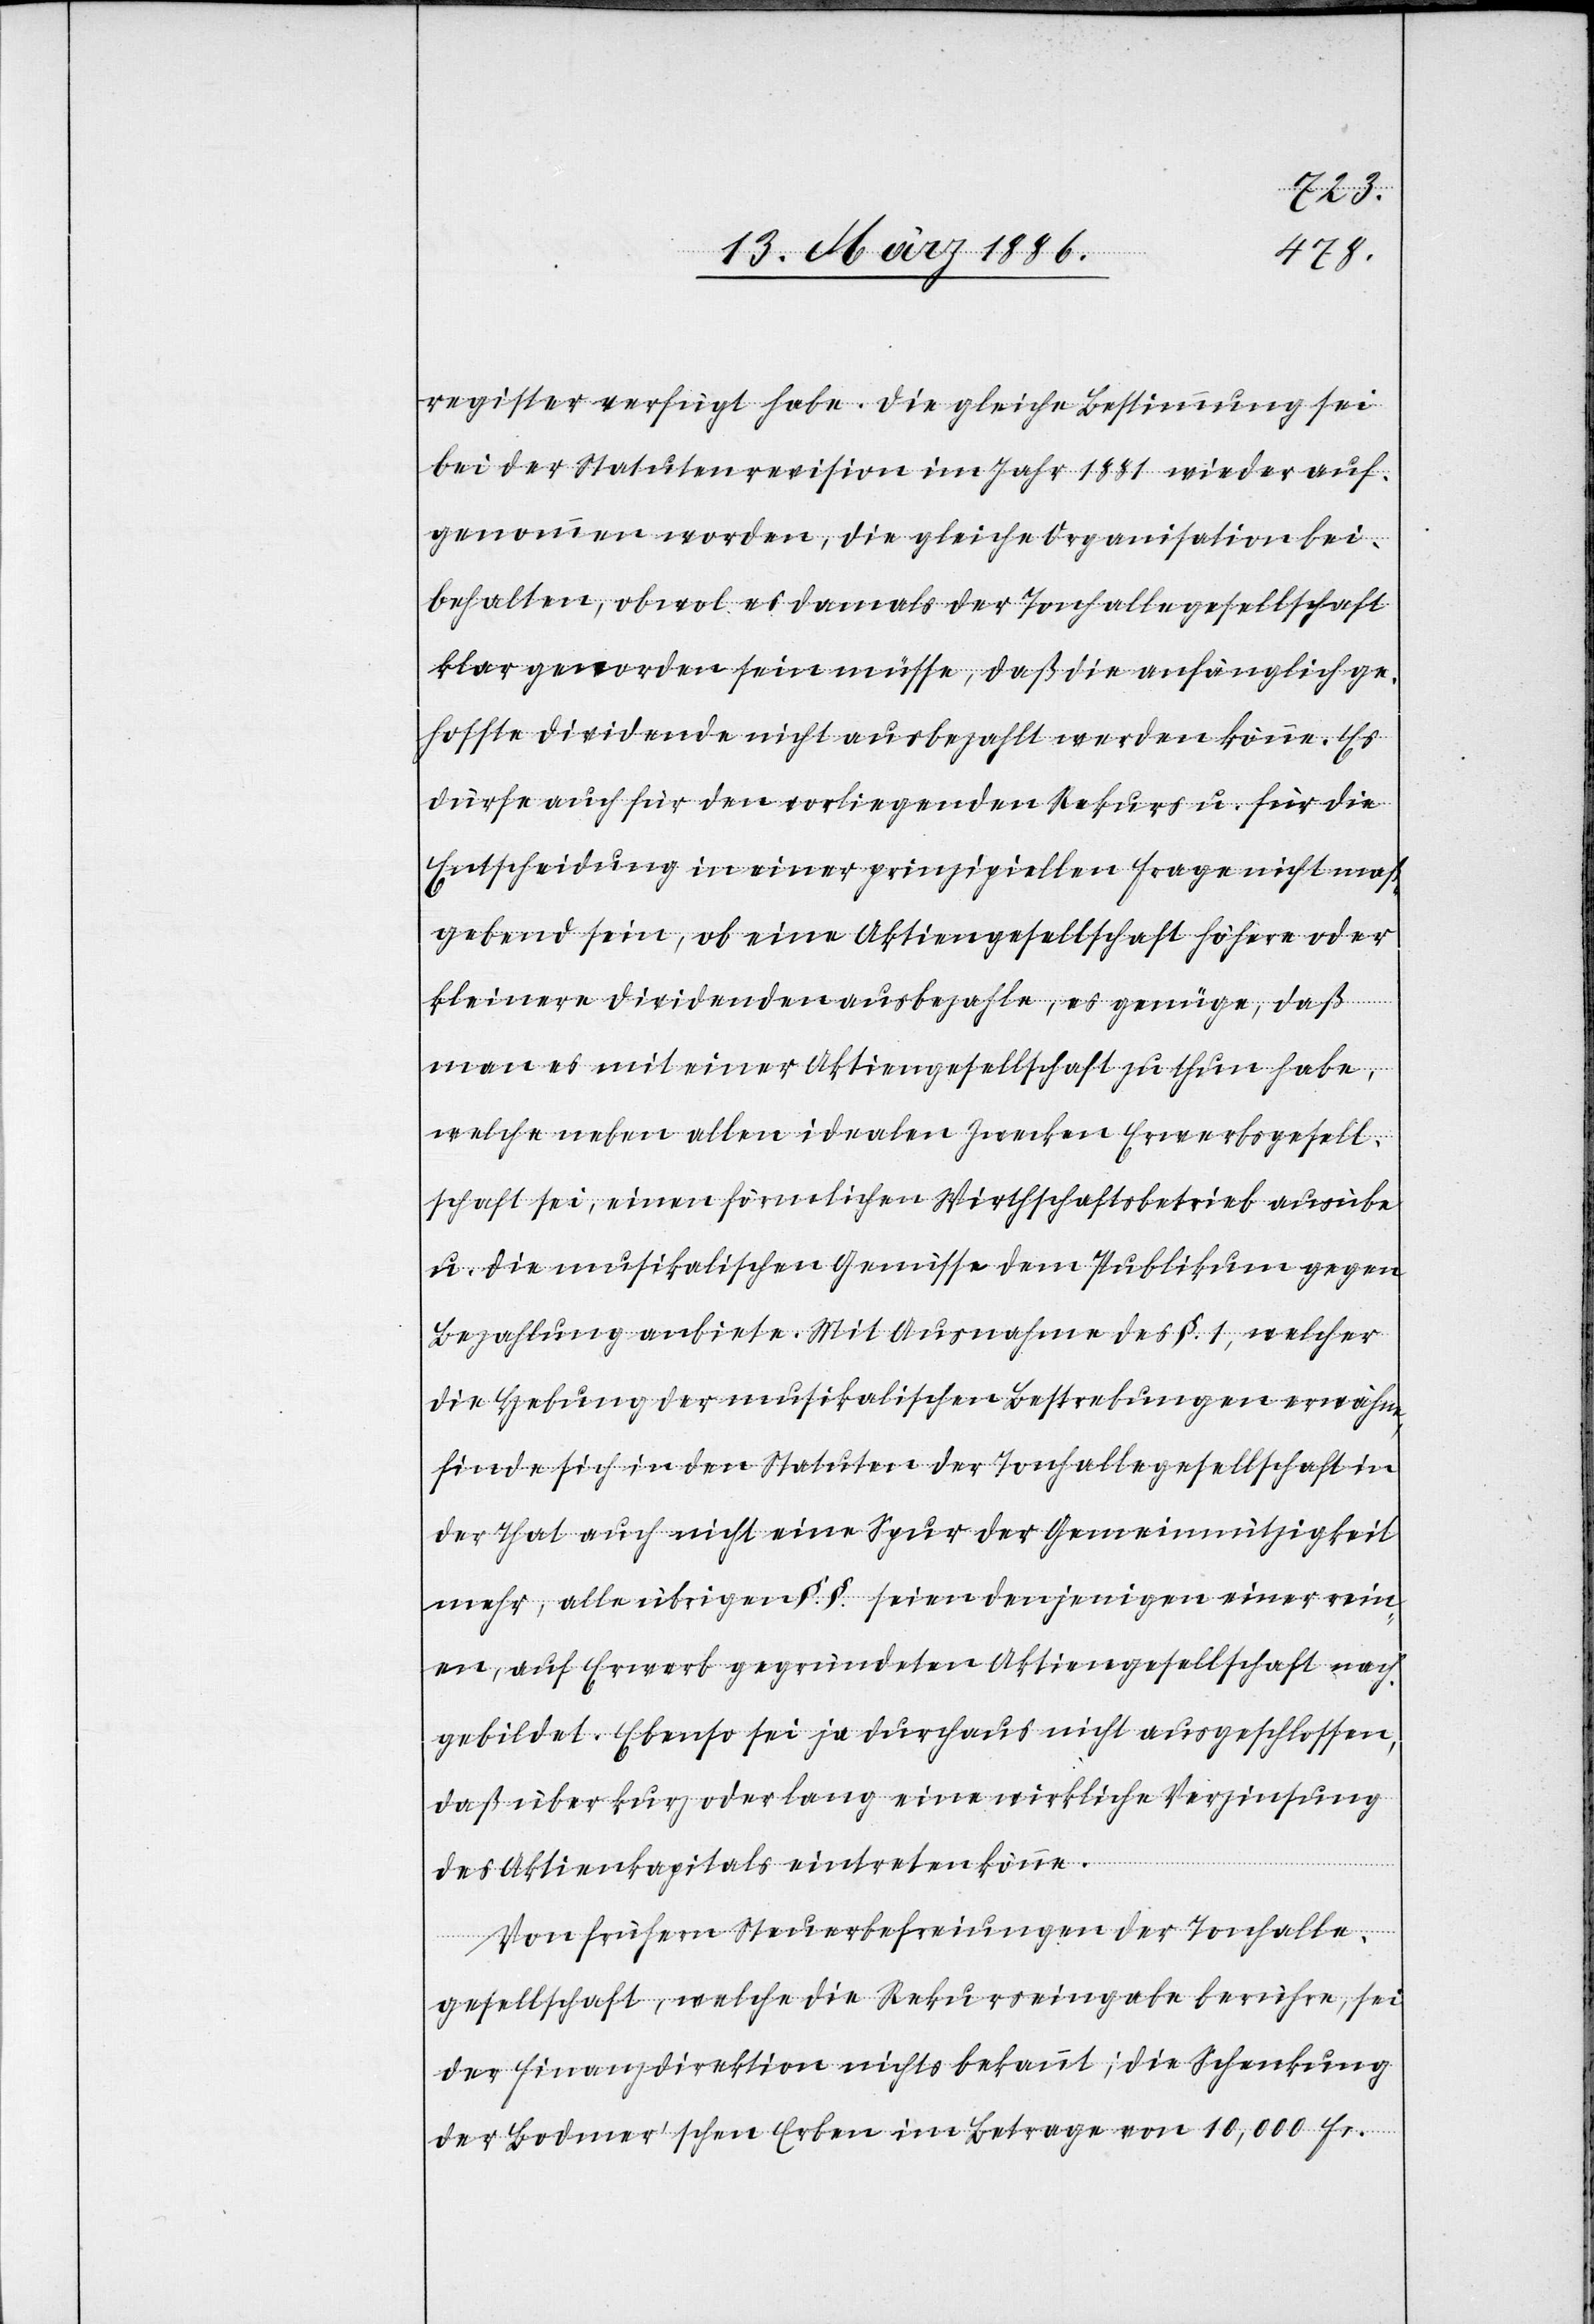
register verfügt habe. Die gleiche Bestimmung sei
bei der Statutenrevision im Jahr 1881 wieder auf¬
genommen worden, die gleiche Organisation bei¬
behalten, obwol es damals der Tonhallengesellschaft
klar geworden sein müsse, daß die anfänglich e¬
rhoffte Dividende nicht ausbezahlt werden könne. Es
dürfe auch für den vorliegenden Rekurs u. für die
Entscheidung in einer prinzipiellen Frage nicht maß¬
gebend sein, ob eine Aktiengesellschaft höhere oder
kleinere Dividenden ausbezahle, es genüge, daß
man es mit einer Aktiengesellschaft zu thun habe,
welche neben allen idealen Zwecken Erwerbsgesell¬
schaft sei, einen förmlichen Wirthschaftsbetrieb ausübe
u. die musikalischen Genüsse dem Publikum gegen
Bezahlung anbiete. Mit Ausnahme des §. 1, welcher
die Hebung der musikalischen Bestrebungen erwähne,
finden sich in den Statuten der Tonhallegesellschaft in
der That auch nicht eine Spur der Gemeinnützigkeit
mehr, alle übrigen §. §. seien denjenigen einer rein¬
en, auf Erwerb gegründeten Aktiengesellschaft nach¬
gebildet. Ebenso sei ja durchaus nicht ausgeschlossen,
daß über kurz oder lang eine wirkliche Verzinsung
des Aktienkapitals eintreten könne.
Von frühern Steuerbefreiungen der Tonhalle¬
gesellschaft, welche die Rekurseingabe berühre, sei
der Finanzdirektion nichts bekannt; die Schenkung
der Bodmer’schen Erben im Betrage von 10,000 Fr.